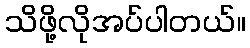
သိဖို့လိုအပ်ပါတယ်။